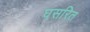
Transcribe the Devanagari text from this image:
घसरित